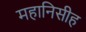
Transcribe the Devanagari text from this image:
महानिसीह